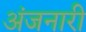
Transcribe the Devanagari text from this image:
अंजनारी